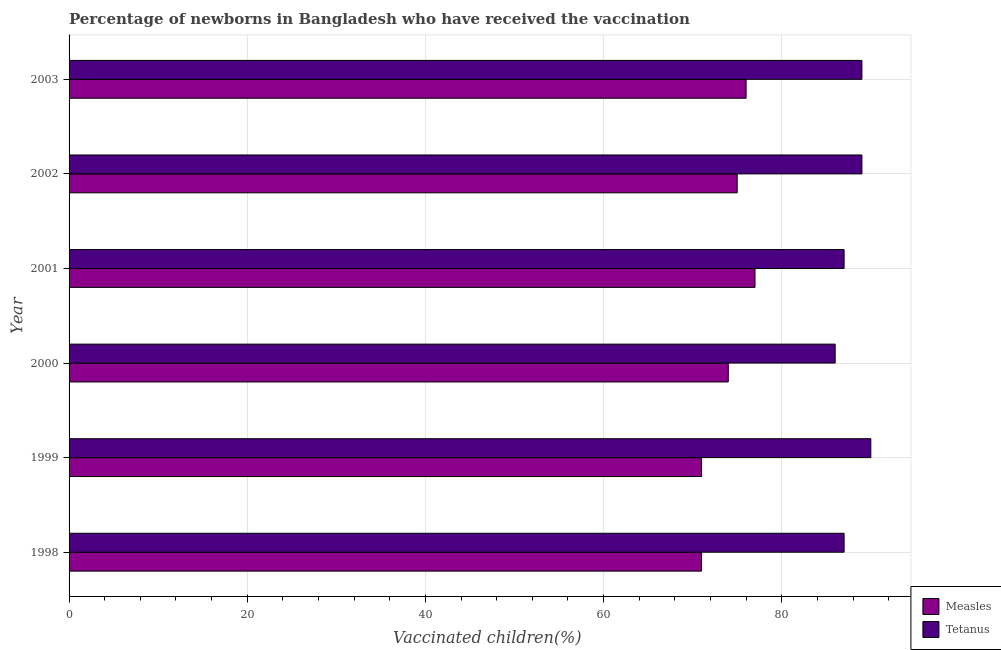
| Year | Measles | Tetanus |
 | --- | --- | --- |
 | 1998 | 71 | 87 |
 | 1999 | 71 | 90 |
 | 2000 | 74 | 86 |
 | 2001 | 77 | 87 |
 | 2002 | 75 | 89 |
 | 2003 | 76 | 89 |